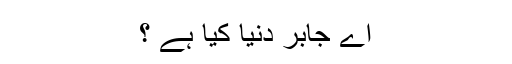
اے جابر دنیا کیا ہے ؟